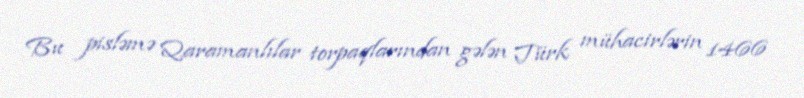
Bu pisləmə Qaramanlılar torpaqlarından gələn Türk mühacirlərin 1466